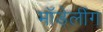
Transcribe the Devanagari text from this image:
मॉडेलींग